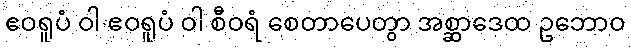
ဧဝရူပံ ဝါ ဧဝရူပံ ဝါ စီဝရံ စေတာပေတွာ အစ္ဆာဒေထ ဥဘောဝ